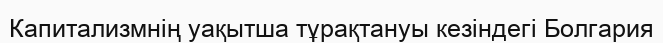
Капитализмнің уақытша тұрақтануы кезіндегі Болгария